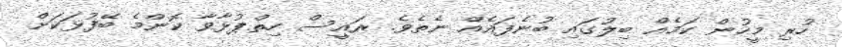
ހުރި މީހުން ކަމެއް ބިލުގައި ބުނެފައެއް ނެތެވެ. ރައީސް ހިތްޕުޅާވާ ކޮންމެ ބޭފުޅަކަށް